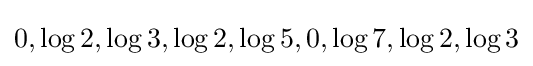
0,\log 2,\log 3,\log 2,\log 5,0,\log 7,\log 2,\log 3